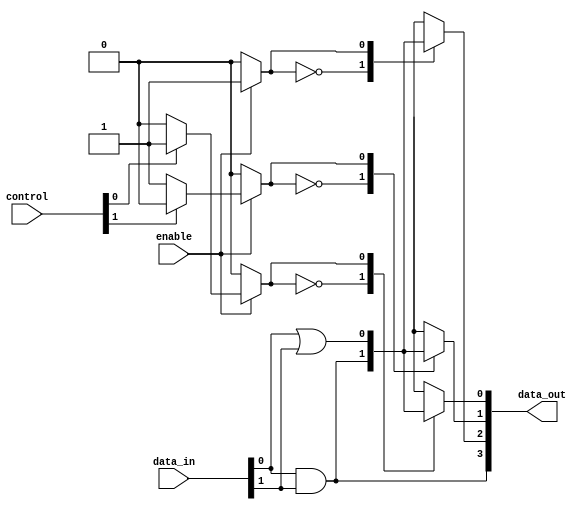
module CombinationalLogicBlock (
    input wire [3:0] data_in,        // 4 input data signals
    input wire [1:0] control,        // Control signals for selecting logic functions
    input wire enable,                // Enable signal
    output wire [3:0] data_out       // 4 output data signals
);

// Internal signals
wire [3:0] logic_out;               // Outputs from logic elements
reg [3:0] config_mem;               // Configuration memory for logic elements

// Logic Elements (LEs)
generate
    genvar i;
    for (i = 0; i < 4; i = i + 1) begin : logic_elements
        always @(*) begin
            case (config_mem[i])
                4'b0000: logic_out[i] = data_in[0] & data_in[1]; // AND
                4'b0001: logic_out[i] = data_in[0] | data_in[1]; // OR
                4'b0010: logic_out[i] = ~data_in[0];             // NOT
                4'b0011: logic_out[i] = data_in[0] ^ data_in[1]; // XOR
                // Add more functions as needed
                default: logic_out[i] = 1'b0;                    // Default case
            endcase
        end
    end
endgenerate

// Control Logic
always @(*) begin
    if (enable) begin
        // Example configuration: setting logic functions based on control signals
        config_mem[0] = control[0] ? 4'b0001 : 4'b0000; // Select OR or AND for LE0
        config_mem[1] = control[1] ? 4'b0010 : 4'b0001; // Select NOT or OR for LE1
        config_mem[2] = 4'b0011; // Fixed function for LE2 (XOR)
        config_mem[3] = 4'b0000; // Fixed function for LE3 (AND)
    end else begin
        config_mem = 4'b0000; // Disable logic if not enabled
    end
end

// Output Logic
assign data_out = logic_out;

endmodule